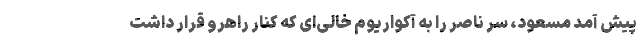
پیش آمد مسعود، سر ناصر را به آکواریوم خالی‌ای که کنار راهرو قرار داشت